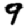
Digit: 9